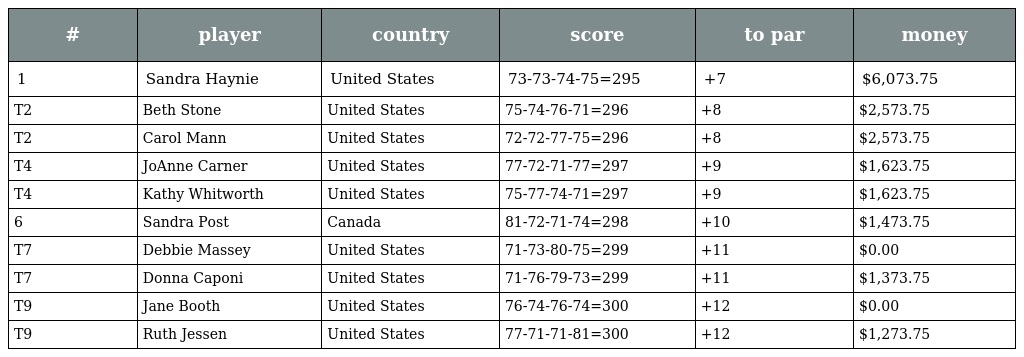
| # | player | country | score | to par | money |
 | --- | --- | --- | --- | --- | --- |
 | 1 | Sandra Haynie | United States | 73-73-74-75=295 | +7 | $6,073.75 |
 | T2 | Beth Stone | United States | 75-74-76-71=296 | +8 | $2,573.75 |
 | T2 | Carol Mann | United States | 72-72-77-75=296 | +8 | $2,573.75 |
 | T4 | JoAnne Carner | United States | 77-72-71-77=297 | +9 | $1,623.75 |
 | T4 | Kathy Whitworth | United States | 75-77-74-71=297 | +9 | $1,623.75 |
 | 6 | Sandra Post | Canada | 81-72-71-74=298 | +10 | $1,473.75 |
 | T7 | Debbie Massey | United States | 71-73-80-75=299 | +11 | $0.00 |
 | T7 | Donna Caponi | United States | 71-76-79-73=299 | +11 | $1,373.75 |
 | T9 | Jane Booth | United States | 76-74-76-74=300 | +12 | $0.00 |
 | T9 | Ruth Jessen | United States | 77-71-71-81=300 | +12 | $1,273.75 |